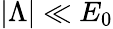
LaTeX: |\Lambda|\ll E_{0}